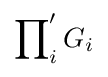
\prod _{i}\nolimits 'G_{i}